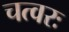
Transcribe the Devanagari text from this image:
चत्वरः